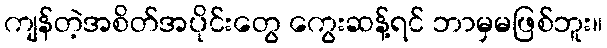
ကျန်တဲ့အစိတ်အပိုင်းတွေ ကွေးဆန့်ရင် ဘာမှမဖြစ်ဘူး။